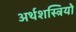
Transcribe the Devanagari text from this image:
अर्थशस्त्रियो